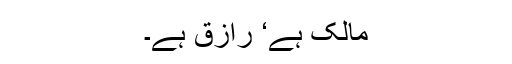
مالک ہے‘ رازق ہے۔